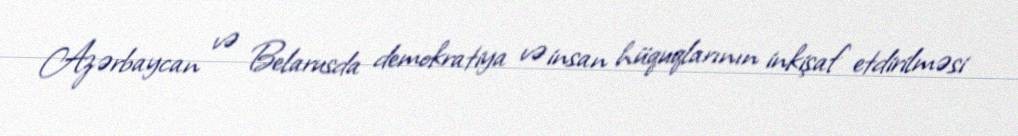
Azərbaycan və Belarusda demokratiya və insan hüquqlarının inkişaf etdirilməsi